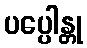
ပပ္ပေါန္တု